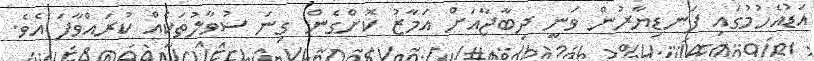
އަޑުއެހުމުގައި ފަނޑިޔާރުން ވަނީ ދިބާޖާއަށް އަމާޒު ކޮށްގެން ގިނަ ސުވާލުތަކެއް ކުރައްވާފަ އެވެ.